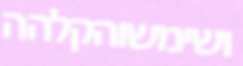
ושימשוהקלהה